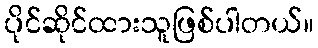
ပိုင်ဆိုင်ထားသူဖြစ်ပါတယ်။